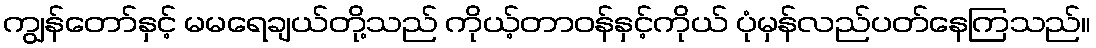
ကျွန်တော်နှင့် မမရေချယ်တို့သည် ကိုယ့်တာဝန်နှင့်ကိုယ် ပုံမှန်လည်ပတ်နေကြသည်။